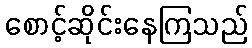
စောင့်ဆိုင်းနေကြသည်